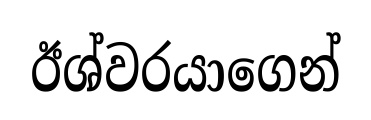
ඊශ්වරයාගෙන්